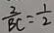
\frac { 2 } { B C } = \frac { 1 } { 2 }